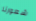
شعورنا